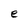
Character: e